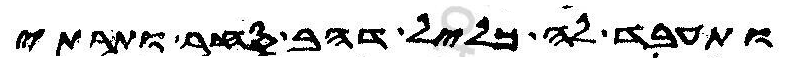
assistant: ותעבד לה כליל דהב סחר ותרתי